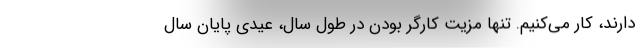
دارند، کار می‌کنیم. تنها مزیت کارگر بودن در طول سال، عیدی پایان سال